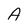
Character: A